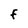
Character: F